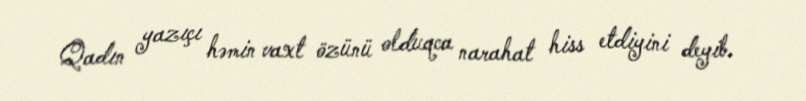
Qadın yazıçı həmin vaxt özünü olduqca narahat hiss etdiyini deyib.